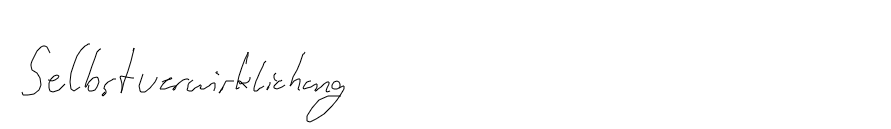
Selbstverwirklichung